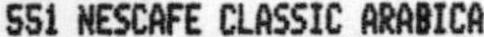
551 NESCAFE CLASSIC ARABICA